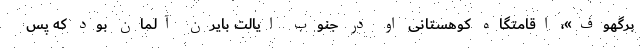
برگهوف»، اقامتگاه کوهستانی او در جنوب ایالت بایرن آلمان بود که پس